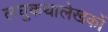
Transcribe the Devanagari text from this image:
लघुकथालेखकों